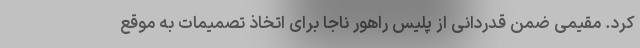
کرد. مقیمی ضمن قدردانی از پلیس راهور ناجا برای اتخاذ تصمیمات به موقع